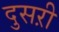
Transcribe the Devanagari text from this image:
दुसऱी